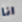
انا